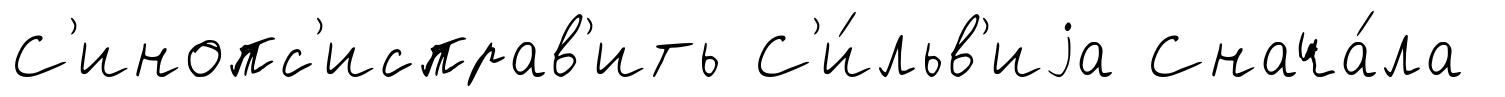
С'инопс'исправ'ить С'и́льв'иjа Снача́ла